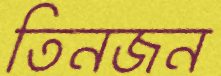
তিনজন